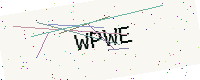
Text: WPWE